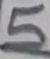
Text: L2